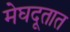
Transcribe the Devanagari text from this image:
मेघदूतात